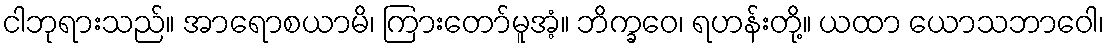
ငါဘုရားသည်။ အာရောစယာမိ၊ ကြားတော်မူအံ့။ ဘိက္ခဝေ၊ ရဟန်းတို့။ ယထာ ယောသဘာဝေါ၊